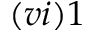
( v i ) 1